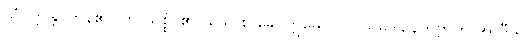
သံဝတ္တန္တိ၊ ကုန်၏။ ဟိ သစ္စံ၊ ၏။ ယေ စ ခေါ ဣမေ။ လ။ သမုဒါနေတဗ္ဗာတိ အာဒီသု